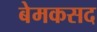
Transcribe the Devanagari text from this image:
बेमकसद